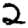
Digit: 2